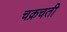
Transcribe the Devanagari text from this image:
चक्रचती